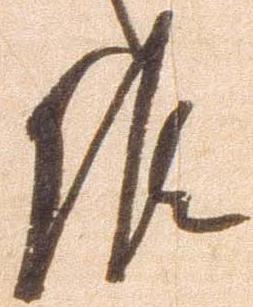
候